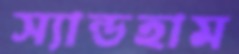
স্যান্ডহাম